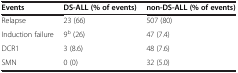
<table><thead><tr><td><b>Events</b></td><td><b>DS-ALL (% of events)</b></td><td><b>non-DS-ALL (% of events)</b></td></tr></thead><tbody><tr><td>Relapse</td><td>23 (66)</td><td>507 (80)</td></tr><tr><td>Induction failure</td><td>9<sup>b</sup> (26)</td><td>47 (7.4)</td></tr><tr><td>DCR1</td><td>3 (8.6)</td><td>48 (7.6)</td></tr><tr><td>SMN</td><td>0 (0)</td><td>32 (5.0)</td></tr></tbody></table>